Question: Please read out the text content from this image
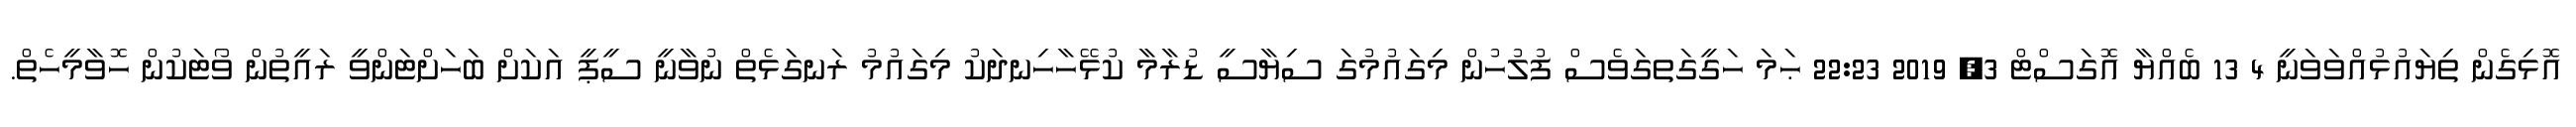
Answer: އޮޅިގެން ތިޔައުޅުއްވަވަނީ 4 13 ބެއްޔާ އޮގަސްޓް 3, 2019 22:23 ޙަމަ ހަގީގަތގަވެސް ފުލުހުން މިގައުމުގަ ސިޔާސީ ޑުރާމާ ކުޅޭހާހިނދަކު މިގައުމު ރަނގަޅެތް ނުވާނީ ސީޕީ އަކަށް ބަހަށްޓަންވީ ރައީތުން ވޯޓަކުން ހޮވާމީހެތް.